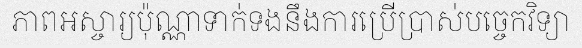
ភាពអស្ចារ្យប៉ុណ្ណាទាក់ទងនឹងការប្រើប្រាស់បច្ចេកវិទ្យា